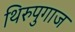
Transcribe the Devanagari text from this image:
थिरुपुगाज